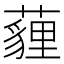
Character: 薶